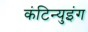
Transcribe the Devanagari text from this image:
कंटिन्युइंग